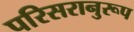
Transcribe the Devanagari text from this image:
परिसरानुरूप